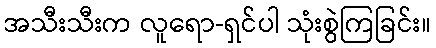
အသီးသီးက လူရော-ရှင်ပါ သုံးစွဲကြခြင်း။